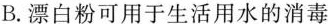
B.漂白粉可用于生活用水的消毒